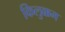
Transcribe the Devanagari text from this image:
किलुक्कम